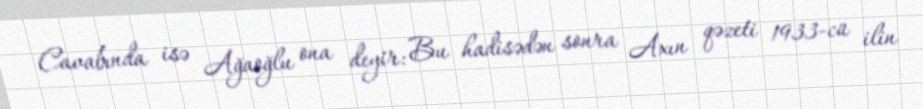
Cavabında isə Ağaoğlu ona deyir: Bu hadisədən sonra Axın qəzeti 1933-cü ilin